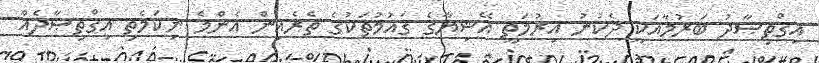
އިޤްތިޞާދު ބަރުމާއަކީ ދެކުނު އިރުމަތީ އޭޝިޔާގެ ޤައުމުތަކުގެ ތެރެއިން އެންމެ ނިކަމެތި އިޤްތިޞާދެއް